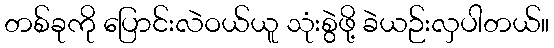
တစ်ခုကို ပြောင်းလဲဝယ်ယူ သုံးစွဲဖို့ ခဲယဉ်းလှပါတယ်။